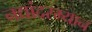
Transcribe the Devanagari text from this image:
नद्यांदरम्यान